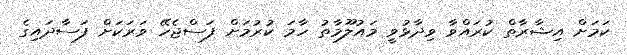
ކަމަށް އިޝާރާތް ކުރައްވާ ވިދާޅުވީ މައުލޫމާތު ހާމަ ކުރުމަށް ފަސްޖެހޭ ވަރަކަށް ފަސާދައިގެ